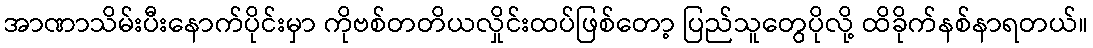
အာဏာသိမ်းပီးနောက်ပိုင်းမှာ ကိုဗစ်တတိယလှိုင်းထပ်ဖြစ်တော့ ပြည်သူတွေပိုလို့ ထိခိုက်နစ်နာရတယ်။